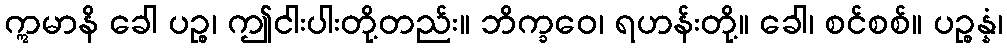
ဣမာနိ ခေါ ပဉ္စ၊ ဤငါးပါးတို့တည်း။ ဘိက္ခဝေ၊ ရဟန်းတို့။ ခေါ၊ စင်စစ်။ ပဉ္စန္နံ၊